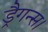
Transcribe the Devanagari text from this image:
ड्रैगन्स।